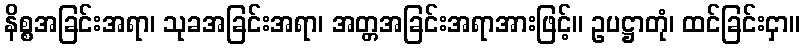
နိစ္စအခြင်းအရာ၊ သုခအခြင်းအရာ၊ အတ္တအခြင်းအရာအားဖြင့်။ ဥပဋ္ဌာတုံ၊ ထင်ခြင်းငှာ။